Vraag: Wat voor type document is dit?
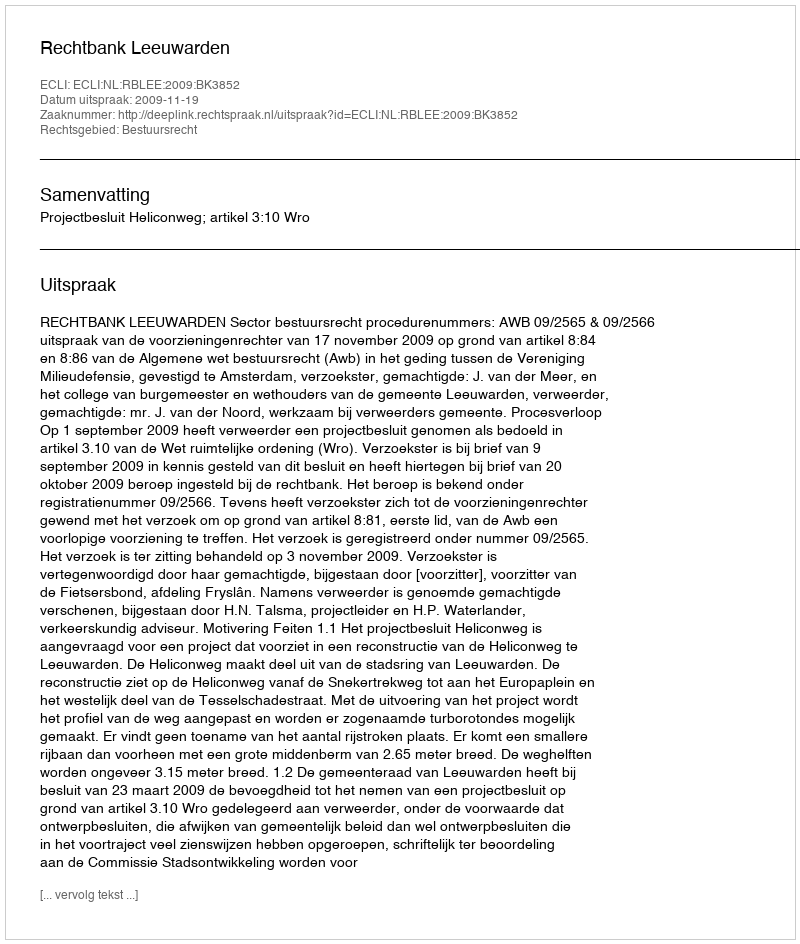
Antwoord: Uitspraak